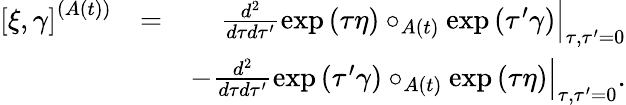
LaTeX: \begin{array}{rlr}{\left[\xi,\gamma\right]^{\left(A\left(t\right)\right)}}&{=}&{\left.\frac{d^{2}}{d\tau d\tau^{\prime}}\exp\left(\tau\eta\right)\circ_{A\left(t\right)}\exp\left(\tau^{\prime}\gamma\right)\right\vert_{\tau,\tau^{\prime}=0}}\\ &{}&{-\left.\frac{d^{2}}{d\tau d\tau^{\prime}}\exp\left(\tau^{\prime}\gamma\right)\circ_{A\left(t\right)}\exp\left(\tau\eta\right)\right\vert_{\tau,\tau^{\prime}=0}.}\end{array}